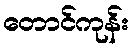
တောင်ကုန်း